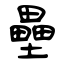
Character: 壘